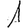
Digit: 1